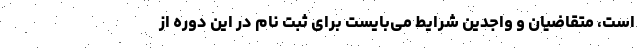
است، متقاضیان و واجدین شرایط می‌بایست برای ثبت نام در این دوره از